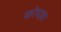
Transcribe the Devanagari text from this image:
कोथल्ला